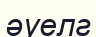
әуелг